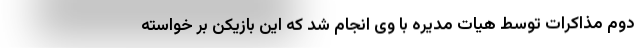
دوم مذاکرات توسط هیات مدیره با وی انجام شد که این بازیکن بر خواسته